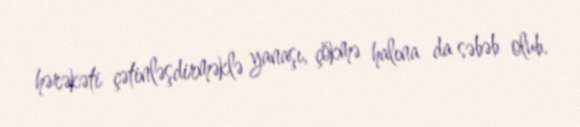
hərəkəti çətinləşdirməklə yanaşı, çökmə halına da səbəb olub.